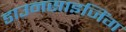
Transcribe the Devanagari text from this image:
डाउनसाइजिंग